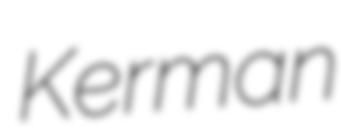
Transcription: Kerman